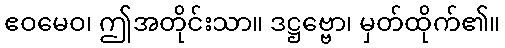
ဧဝမေဝ၊ ဤအတိုင်းသာ။ ဒဋ္ဌဗ္ဗော၊ မှတ်ထိုက်၏။